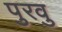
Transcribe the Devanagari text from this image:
पुरवु